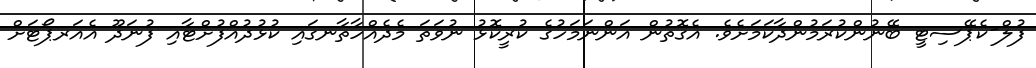
ފުލް-ކެޕޭސިޓީ ބޭނުންކުރަމުންދާކަމަށެވެ. އެގޮތުން އަންނަމަހުގެ ކުރީކޮޅު ނުވަތަ މެދެއްހާތާނގައި ކުޅުދުއްފުށްޓާއި ފުނަދޫ އެއަރޕޯޓަށް